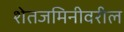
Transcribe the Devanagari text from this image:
शेतजमिनीवरील